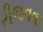
રીજવવા